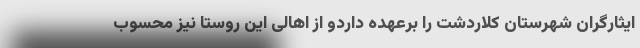
ایثارگران شهرستان کلاردشت را برعهده داردو از اهالی این روستا نیز محسوب